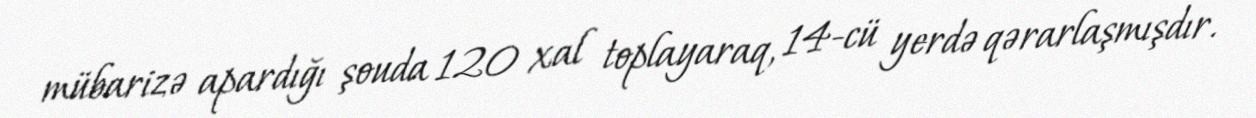
mübarizə apardığı şouda 120 xal toplayaraq, 14-cü yerdə qərarlaşmışdır.